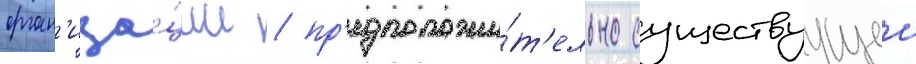
орган'иза́ции / пр'едположи́т'ельно существуущеи